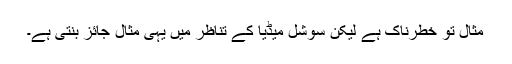
مثال تو خطرناک ہے لیکن سوشل میڈیا کے تناظر میں یہی مثال جائز بنتی ہے۔